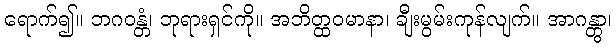
ရောက်၍။ ဘဂဝန္တံ၊ ဘုရားရှင်ကို။ အဘိတ္ထဝမာနာ၊ ချီးမွမ်းကုန်လျက်။ အာဂန္တွာ၊